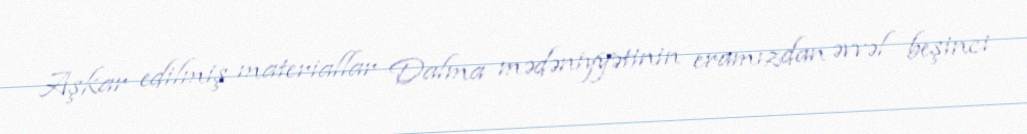
Aşkar edilmiş materiallar Dalma mədəniyyətinin eramızdan əvvəl beşinci